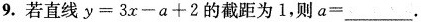
9.若直线$$y = 3 x - a + 2$$的截距为1，则$$a = ___$$.